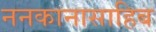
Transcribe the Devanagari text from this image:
ननकानासाहिब